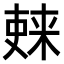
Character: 𫣚